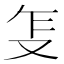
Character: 𰆺